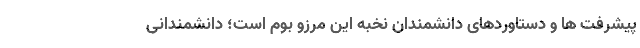
پیشرفت ها و دستاوردهای دانشمندان نخبه این مرزو بوم است؛ دانشمندانی